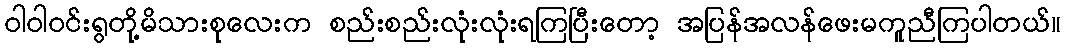
ဝါဝါဝင်းရွတို့မိသားစုလေးက စည်းစည်းလုံးလုံးရကြပြီးတော့ အပြန်အလန်ဖေးမကူညီကြပါတယ်။